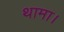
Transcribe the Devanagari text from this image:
थामा।